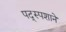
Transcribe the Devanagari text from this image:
पद्स्पशाने